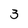
Character: 3